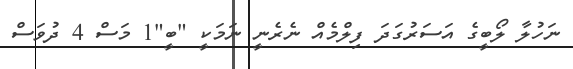
ނަހުލާ ލޯބީގެ އަސަރުގަދަ ފިލްމެއް ނެރެނީ ނަމަކީ "ބީ"1 މަސް 4 ދުވަސް